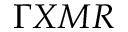
\Gamma X M R